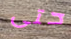
حتى